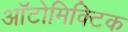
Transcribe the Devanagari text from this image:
ऑटोमिक्टिक